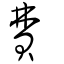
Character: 費